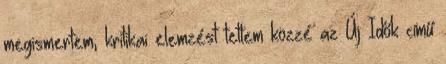
megismertem, kritikai elemzést tettem közzé az Új Idők című